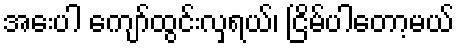
အေးပါ ကျော်ထွင်းလှရယ်၊ ငြိမ်ပါတော့မယ်